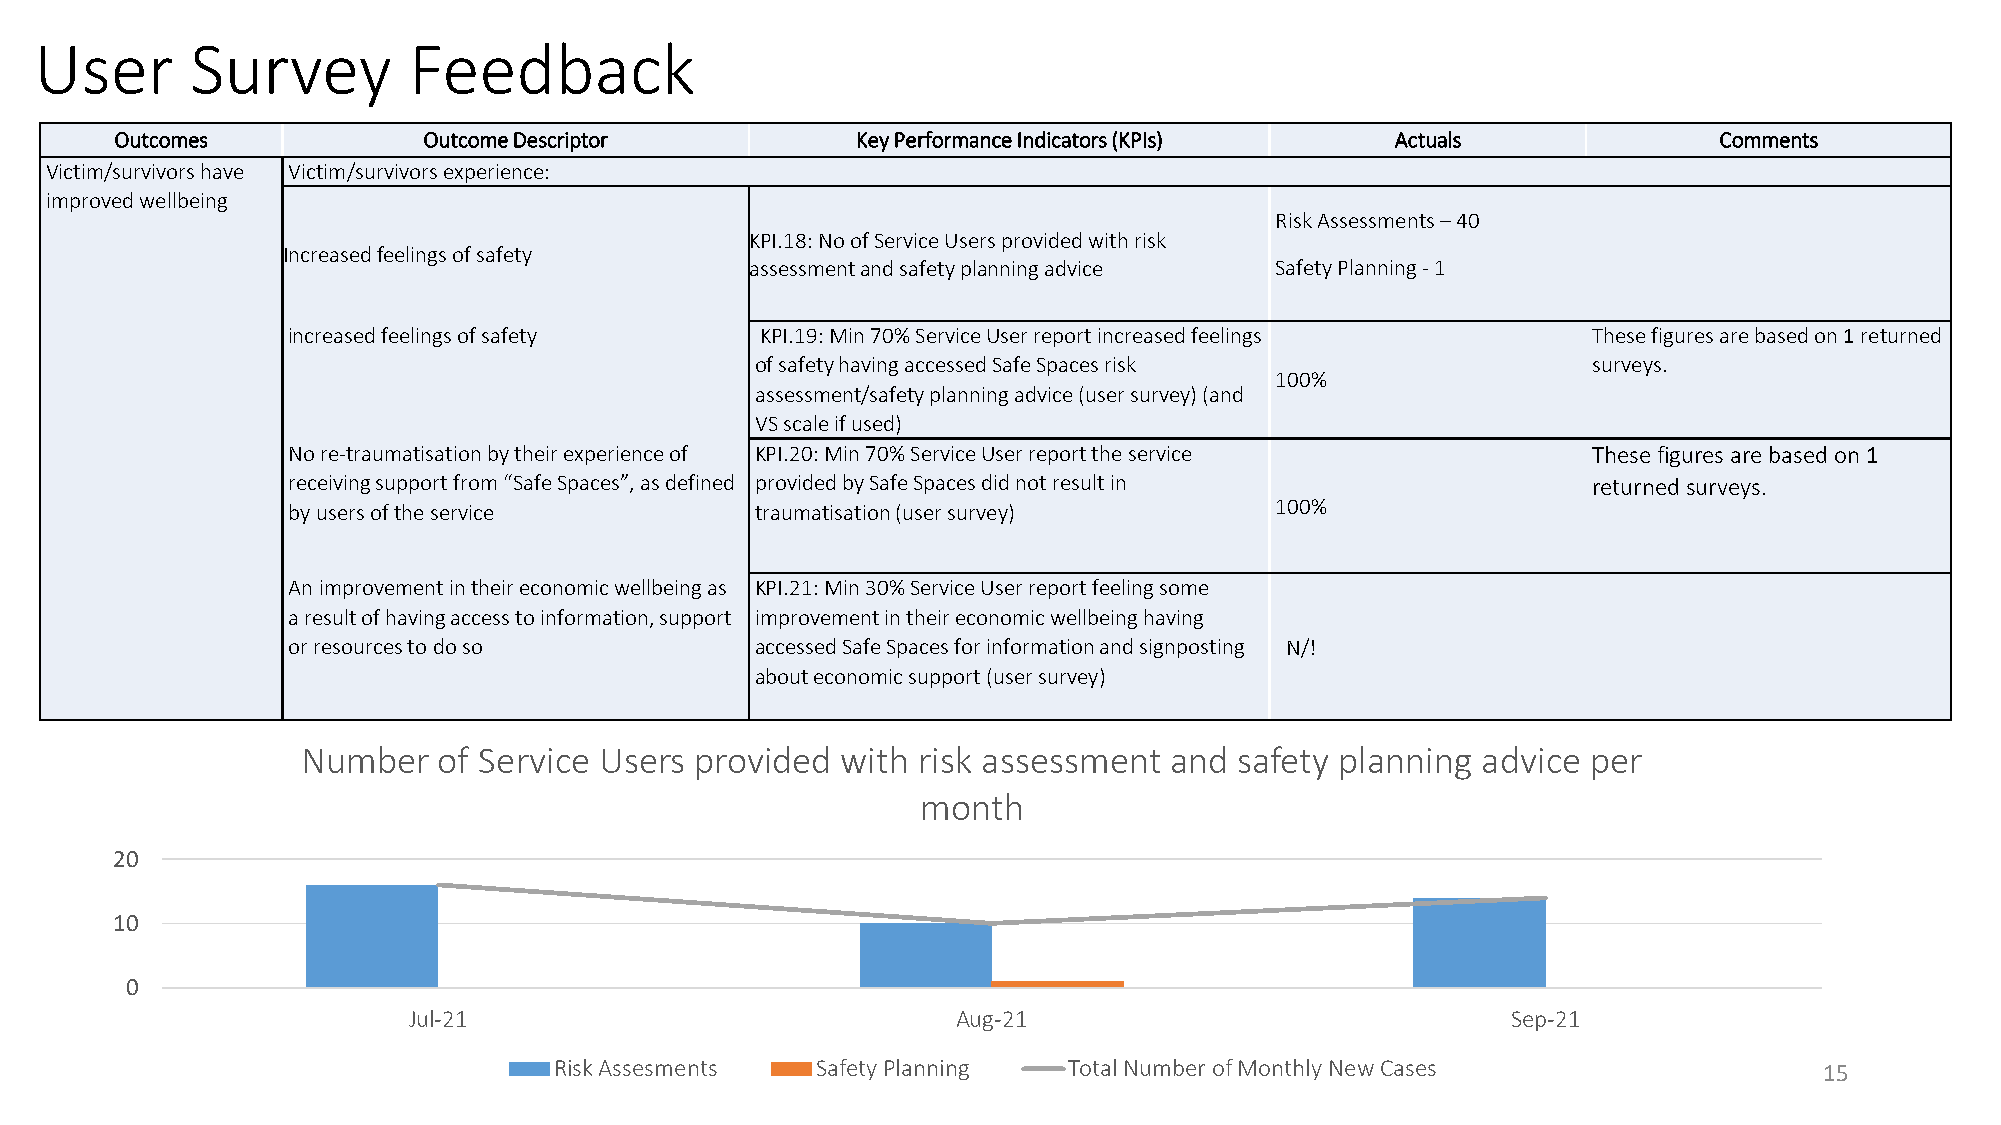
User       Survey        Feedback
 Outcomes            Outcome Descriptor           Key Performance Indicators (KPIs)  Actuals               Comments
 Victim/survivors have Victim/survivors experience:
 improved wellbeing
 RiskAssessments –40
 KPI.18: No of Service Users provided with risk
 Increased feelings of safety
 assessment and safety planning advice Safety Planning-1
 increased feelings of safety   KPI.19: Min 70% Service User report increased feelings These figures are based on 1 returned
 of safety having accessed Safe Spaces risk             surveys.
 100%
 assessment/safety planning advice (user survey) (and
 VS scale if used)
 No re-traumatisation by their experience of KPI.20: Min 70% Service User report the service These figures are based on 1
 receiving support from “Safe Spaces”, as defined provided by Safe Spaces did not result in returned surveys.
 by users of the service        traumatisation (user survey)      100%
 An improvement in their economic wellbeing as KPI.21: Min 30% Service User report feeling some
 a result of having access to information, support improvement in their economic wellbeing having
 or resources to do so          accessed Safe Spaces for information and signposting N/!
 about economic support (user survey)
 Number   of Service Users provided  with risk assessment and  safety planning advice per
 month
 20
 10
 0
 Jul-21                              Aug-21                               Sep-21
 Risk Assesments  Safety Planning  Total Number of Monthly New Cases                 15